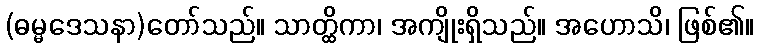
(ဓမ္မဒေသနာ)တော်သည်။ သာတ္ထိကာ၊ အကျိုးရှိသည်။ အဟောသိ၊ ဖြစ်၏။